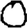
Digit: 0